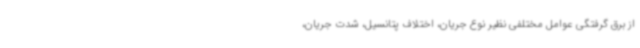
از برق گرفتگی عوامل مختلفی نظیر نوع جریان، اختلاف پتانسیل، شدت جریان،